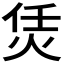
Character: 𤇲